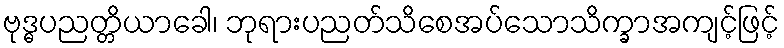
ဗုဒ္ဓပညတ္တိယာခေါ၊ ဘုရားပညတ်သိစေအပ်သောသိက္ခာအကျင့်ဖြင့်